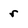
Character: r